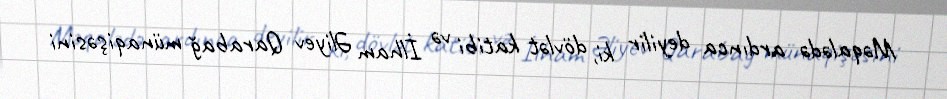
Məqalədə ardınca deyilir ki, dövlət katibi və İlham Əliyev Qarabağ münaqişəsini